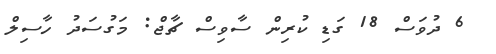
6 ދުވަސް 18 ގަޑި ކުރިން ސާވިސް ޗާޖް: މަގުސަދު ހާސިލް